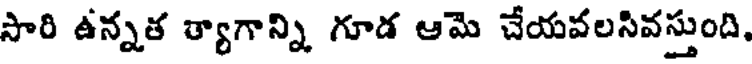
సారి ఉన్నత త్యాగాన్ని గూడ ఆమె చేయవలసివస్తుంది,